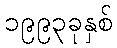
၁၉၉၃ခုနှစ်